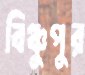
বিঞ্চুপুর